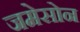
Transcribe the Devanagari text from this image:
जमेसोन